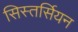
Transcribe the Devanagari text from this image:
सिस्तर्सियन